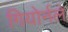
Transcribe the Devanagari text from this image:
गियोर्नले